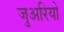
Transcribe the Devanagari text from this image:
जुअरियो